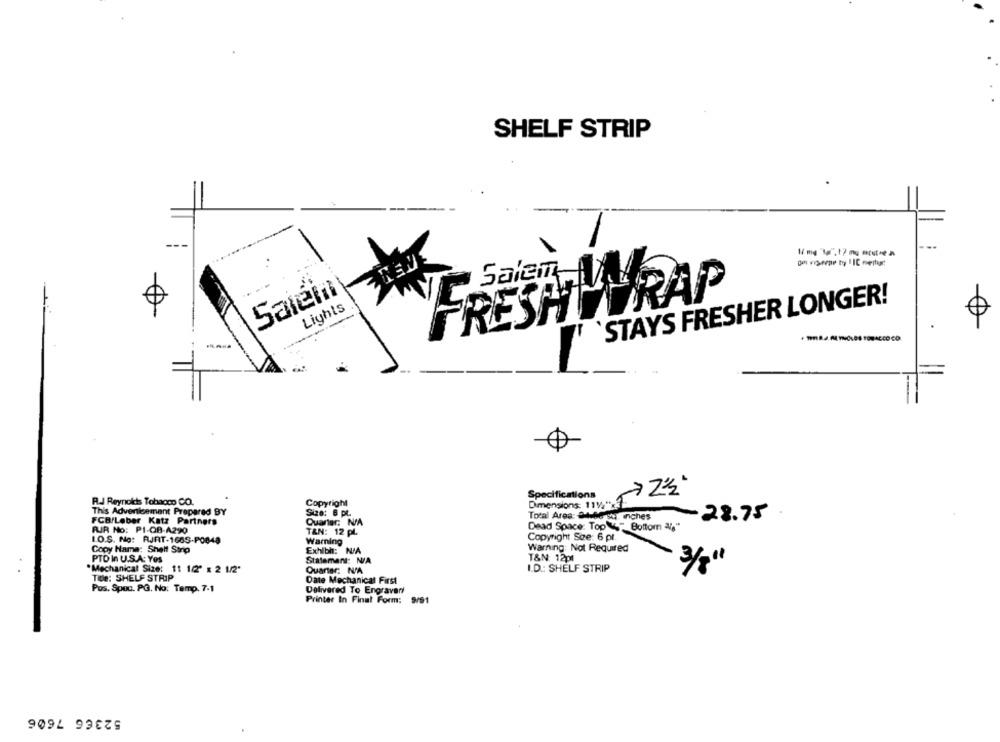
SHELF STRIP
Salein
FRESHWRAP
STAYS FRESHER LONGER!
Lights
0
Specifications
R.J Reynolds Tobacco CO.
Copyright
Dimensions: 114"x
This Advertisement Prepared BY
Size: 6 pt.
FCB/Leber Katz Partners
Total Area: Ohbe su inches
-28.75
Quarter: N/A
Dead Space: Top " Bottom "1"
PUR No: PI-QB-A290
TAN: 12 pl.
LO.S. No: RJRT-1685-P0048
Warning
Copyright Soe: 6 pt.
Copy Name: Shelf Strip
Exhibh: N/A
Warning: Not Required
T&N: 12pl
PTD In U.S.A: Yes
Statemant: N/A
"Mechanical Size: 11 122" x 2 1/2"
Quarter: N/A
I.D .: SHELF STRIP
3/8"
Tele: SHELF STRIP
Date Mechanical First
Pos. Spec. PG. No: Temp. 7.1
Delivered To Engravert
Printer In Final Form:
9/91
52366 7606